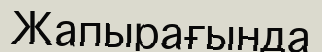
Жапырағында